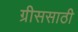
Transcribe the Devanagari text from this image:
ग्रीससाठी